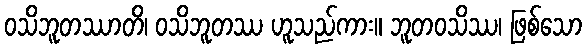
ဝသိဘူတဿာတိ၊ ဝသိဘူတဿ ဟူသည်ကား။ ဘူတဝသိဿ၊ ဖြစ်သော